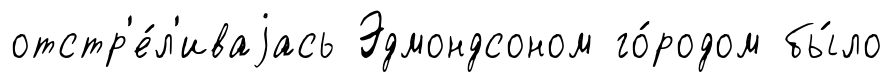
отстр'е́л'иваjась Эдмондсоном го́родом бы́ло